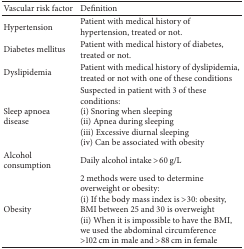
<table><thead><tr><td><b>Vascular risk factor</b></td><td><b>Definition</b></td></tr></thead><tbody><tr><td>Hypertension</td><td>Patient with medical history of hypertension, treated or not.</td></tr><tr><td>Diabetes mellitus</td><td>Patient with medical history of diabetes, treated or not. </td></tr><tr><td>Dyslipidemia</td><td>Patient with medical history of dyslipidemia, treated or not with one of these conditions</td></tr><tr><td>Sleep apnoea disease</td><td>Suspected in patient with 3 of these conditions: (i) Snoring when sleeping (ii) Apnea during sleeping (iii) Excessive diurnal sleeping (iv) Can be associated with obesity</td></tr><tr><td>Alcohol consumption</td><td>Daily alcohol intake &gt;60 g/L</td></tr><tr><td>Obesity</td><td>2 methods were used to determine overweight or obesity: (i) If the body mass index is &gt;30: obesity, BMI between 25 and 30 is overweight (ii) When it is impossible to have the BMI, we used the abdominal circumference &gt;102 cm in male and &gt;88 cm in female</td></tr></tbody></table>